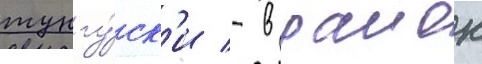
тунгу́ск'и - в раион